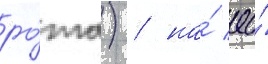
ро́та) / на́ ео́